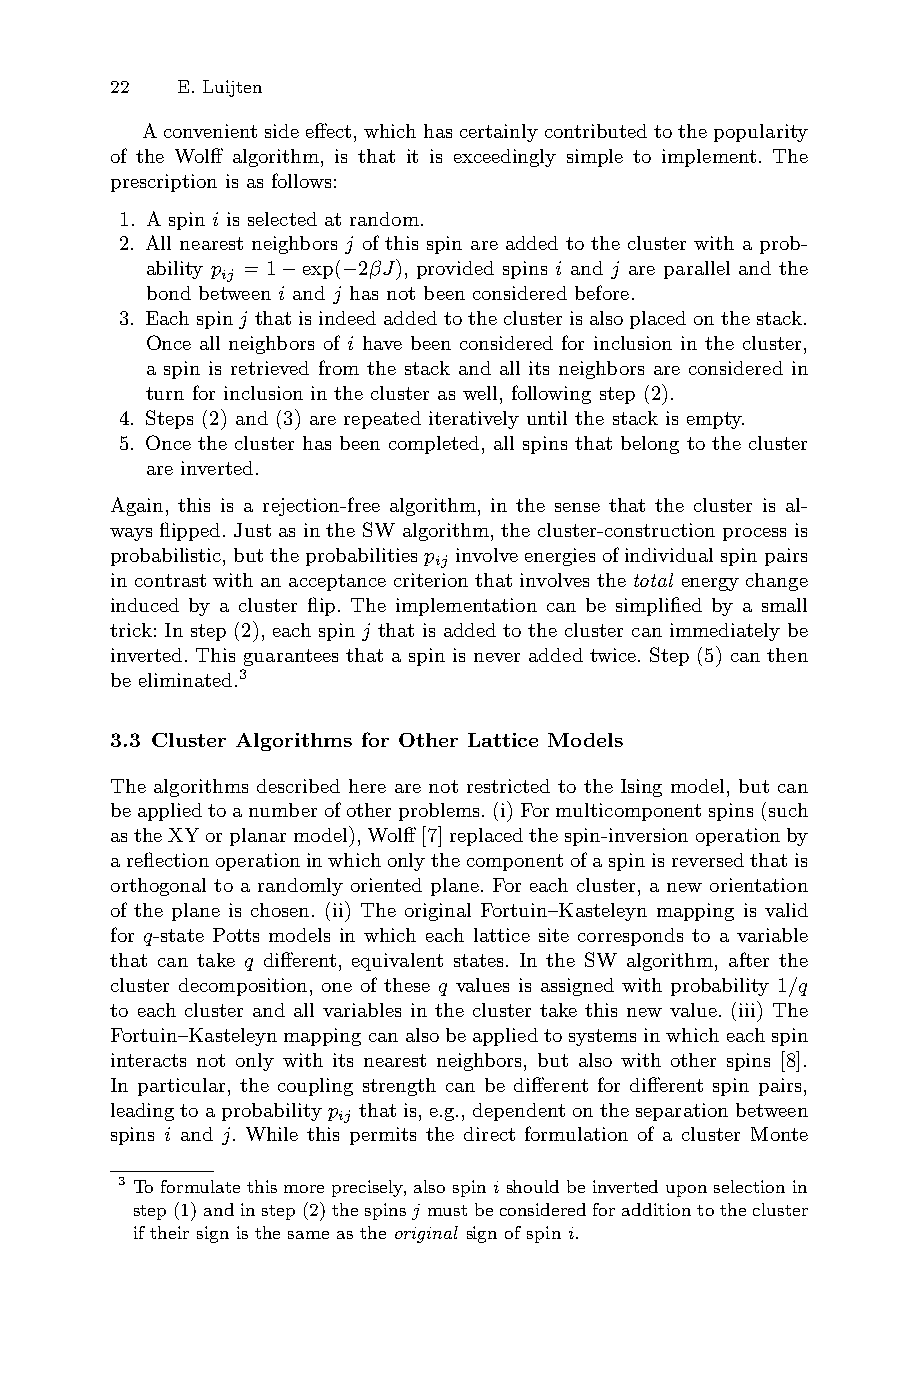
22 E. Luijten
 Aconvenientsideeffect,whichhascertainlycontributedtothepopularity
 of the Wolff algorithm, is that it is exceedingly simple to implement. The
 prescription is as follows:
 1. A spin i is selected at random.
 2. All nearest neighbors j of this spin are added to the cluster with a prob-
 ability p = 1−exp(−2βJ), provided spins i and j are parallel and the
 ij
 bond between i and j has not been considered before.
 3. Eachspinj thatisindeedaddedtotheclusterisalsoplacedonthestack.
 Once all neighbors of i have been considered for inclusion in the cluster,
 a spin is retrieved from the stack and all its neighbors are considered in
 turn for inclusion in the cluster as well, following step (2).
 4. Steps (2) and (3) are repeated iteratively until the stack is empty.
 5. Once the cluster has been completed, all spins that belong to the cluster
 are inverted.
 Again, this is a rejection-free algorithm, in the sense that the cluster is al-
 ways flipped. Just as in the SW algorithm, the cluster-construction process is
 probabilistic,buttheprobabilitiesp involveenergiesofindividualspinpairs
 ij
 incontrast with an acceptance criterion that involves thetotal energychange
 induced by a cluster flip. The implementation can be simplified by a small
 trick: In step (2), each spin j that is added to the cluster can immediately be
 inverted. This guarantees that a spin is never added twice. Step (5) can then
 be eliminated.3
 3.3 Cluster Algorithms for Other Lattice Models
 The algorithms described here are not restricted to the Ising model, but can
 beappliedtoanumberofotherproblems.(i)Formulticomponentspins(such
 astheXYorplanarmodel),Wolff[7]replacedthespin-inversionoperationby
 areflectionoperationinwhichonlythecomponentofaspinisreversedthatis
 orthogonal to a randomly oriented plane. For each cluster, a new orientation
 of the plane is chosen. (ii) The original Fortuin–Kasteleyn mapping is valid
 for q-state Potts models in which each lattice site corresponds to a variable
 that can take q different, equivalent states. In the SW algorithm, after the
 cluster decomposition, one of these q values is assigned with probability 1/q
 to each cluster and all variables in the cluster take this new value. (iii) The
 Fortuin–Kasteleynmappingcanalsobeappliedtosystemsinwhicheachspin
 interacts not only with its nearest neighbors, but also with other spins [8].
 In particular, the coupling strength can be different for different spin pairs,
 leadingtoaprobabilityp thatis,e.g.,dependentontheseparationbetween
 ij
 spins i and j. While this permits the direct formulation of a cluster Monte
 3 Toformulatethismoreprecisely,alsospin ishouldbeinverteduponselectionin
 step(1)andinstep(2)thespinsj mustbeconsideredforadditiontothecluster
 if their sign is the same as the original sign of spin i.